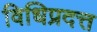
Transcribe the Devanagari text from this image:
विधिप्रदत्त